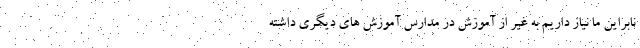
نابراین ما نیاز داریم به غیر از آموزش در مدارس آموزش های دیگری داشته